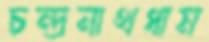
চন্দ্রনাথধাম